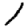
Digit: 1